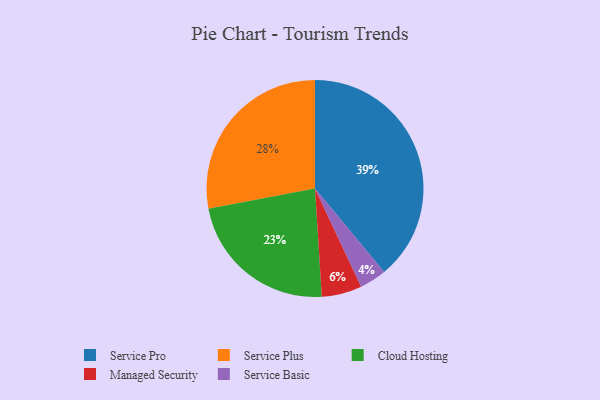
{"axis": {"x": "Category", "y": "Percentage"}, "legend": ["Cloud Hosting", "Managed Security", "Service Basic", "Service Plus", "Service Pro"], "data": [{"x": "Cloud Hosting", "y": 23, "type": "Cloud Hosting"}, {"x": "Service Plus", "y": 28, "type": "Service Plus"}, {"x": "Service Basic", "y": 4, "type": "Service Basic"}, {"x": "Managed Security", "y": 6, "type": "Managed Security"}, {"x": "Service Pro", "y": 39, "type": "Service Pro"}]}